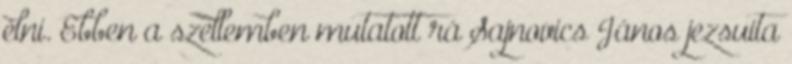
élni. Ebben a szellemben mutatott rá Sajnovics János jezsuita